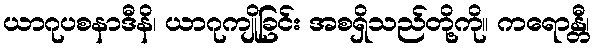
ယာဂုပစနာဒီနိ၊ ယာဂုကျိုခြင်း အစရှိသည်တို့ကို။ ကရောန္တီ၊